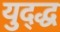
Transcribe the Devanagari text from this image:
युद्द्ध